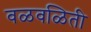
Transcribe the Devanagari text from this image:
वळवळिती